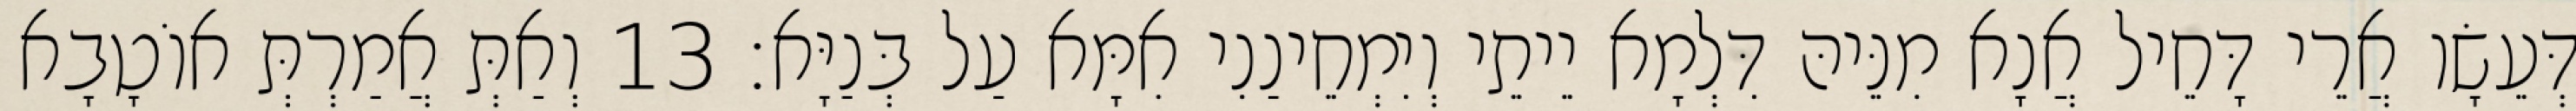
דְּעֵשָׂו אֲרֵי דָּחֵיל אֲנָא מִנֵּיהּ דִּלְמָא יֵיתֵי וְיִמְחֵינַנִי אִמָּא עַל בְּנַיָּא׃ 13 וְאַתְּ אֲמַרְתְּ אוֹטָבָא